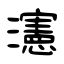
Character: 瀗